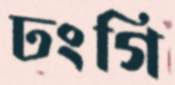
ঢংগি